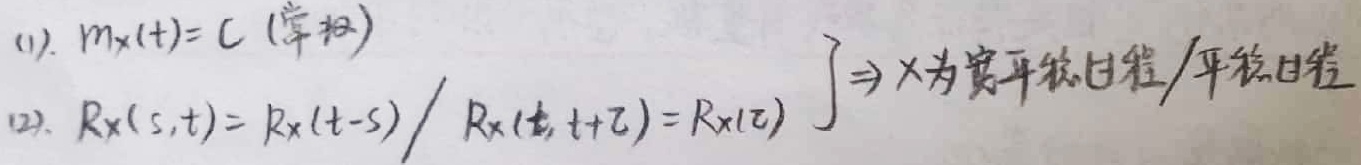
(1). $m_X(t)=C$ (常数)
(2). $R_X(s,t)=R_X(t - s)/R_X(t,t+\tau)=R_X(\tau)$  $\} \Rightarrow X$为宽平稳过程/平稳过程